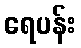
ရေပန်း